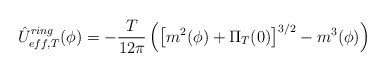
\begin{align*}\hat U_{eff,T}^{ring}(\phi )=-\frac T{12\pi }\left( \left[ m^2(\phi )+\Pi_T(0)\right] ^{3/2}-m^3(\phi )\right)\end{align*}